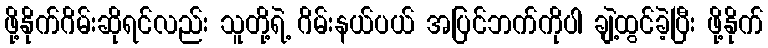
ဖို့နိုက်ဂိမ်းဆိုရင်လည်း သူတို့ရဲ့ ဂိမ်းနယ်ပယ် အပြင်ဘက်ကိုပါ ချဲ့ထွင်ခဲ့ပြီး ဖို့နိုက်